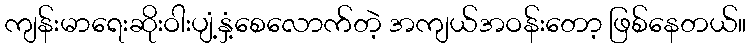
ကျန်းမာရေးဆိုးဝါးပျံ့နှံ့စေလောက်တဲ့ အကျယ်အဝန်းတော့ ဖြစ်နေတယ်။